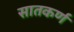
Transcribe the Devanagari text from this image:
सातकर्ण